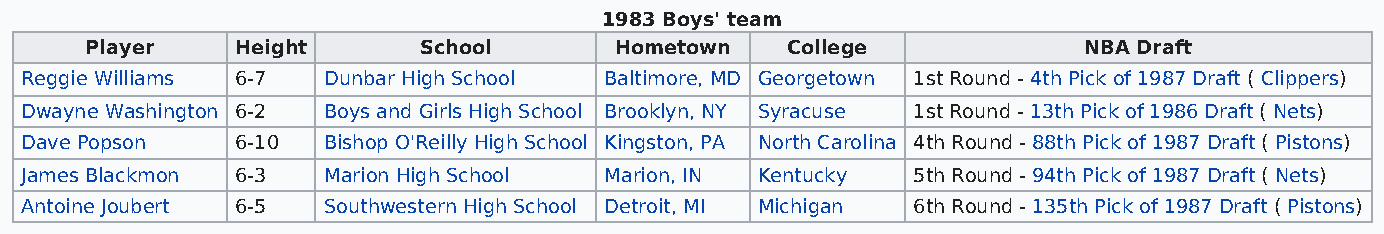
1983 Boys' team
 Player    Height      School       Hometown   College             NBA Draft
 Reggie Williams 6-7 Dunbar High School Baltimore, MD Georgetown 1st Round - 4th Pick of 1987 Draft ( Clippers)
 Dwayne Washington 6-2 Boys and Girls High School Brooklyn, NY Syracuse 1st Round - 13th Pick of 1986 Draft ( Nets)
 Dave Popson    6-10 Bishop O'Reilly High School Kingston, PA North Carolina 4th Round - 88th Pick of 1987 Draft ( Pistons)
 James Blackmon 6-3  Marion High School Marion, IN Kentucky 5th Round - 94th Pick of 1987 Draft ( Nets)
 Antoine Joubert 6-5 Southwestern High School Detroit, MI Michigan 6th Round - 135th Pick of 1987 Draft ( Pistons)